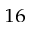
^ { 1 6 }